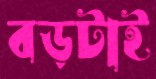
বড়টাই